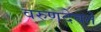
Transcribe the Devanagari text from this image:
वरुणदेवते